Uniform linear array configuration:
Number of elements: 48
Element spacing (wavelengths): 0.75
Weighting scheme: blackman
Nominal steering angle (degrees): -15
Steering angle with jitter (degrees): -13.43
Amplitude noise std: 0.05
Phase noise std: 0.05

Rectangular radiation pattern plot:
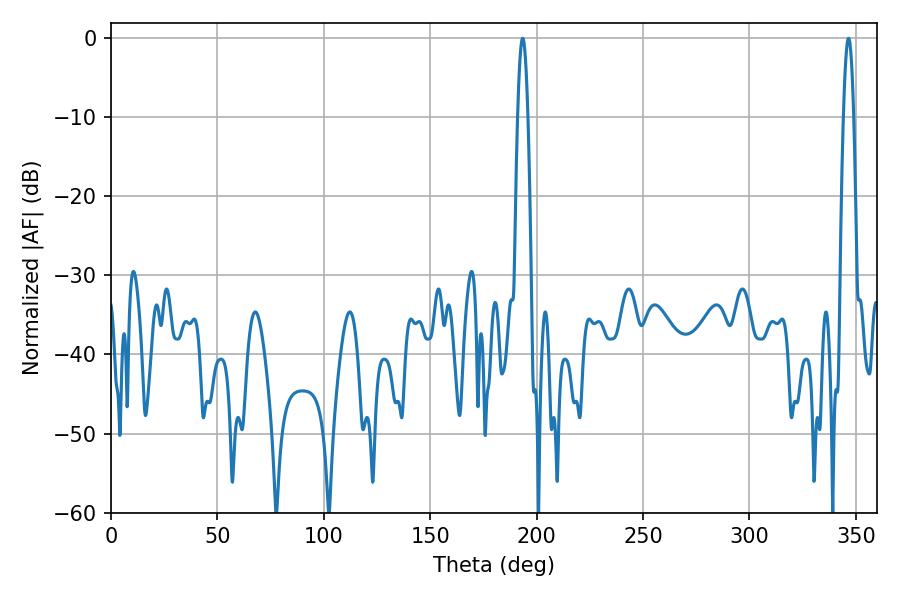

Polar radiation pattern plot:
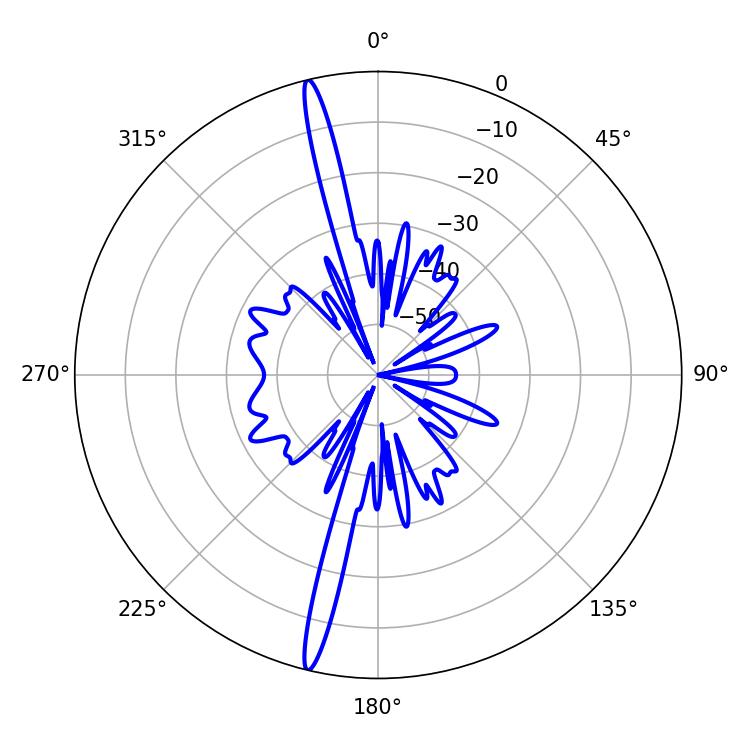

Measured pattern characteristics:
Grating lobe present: TRUE
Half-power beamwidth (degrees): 2.52
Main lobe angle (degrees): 193.5